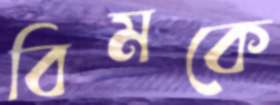
বিমকে